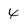
Character: 4